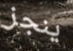
ينجز